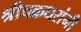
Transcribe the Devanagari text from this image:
श्रीचक्रधरांनी